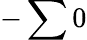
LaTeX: -\sum 0